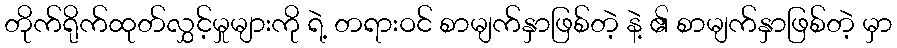
တိုက်ရိုက်ထုတ်လွှင့်မှုများကို ရဲ့ တရားဝင် စာမျက်နှာဖြစ်တဲ့ နဲ့ ၏ စာမျက်နှာဖြစ်တဲ့ မှာ